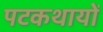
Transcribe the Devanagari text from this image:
पटकथायों